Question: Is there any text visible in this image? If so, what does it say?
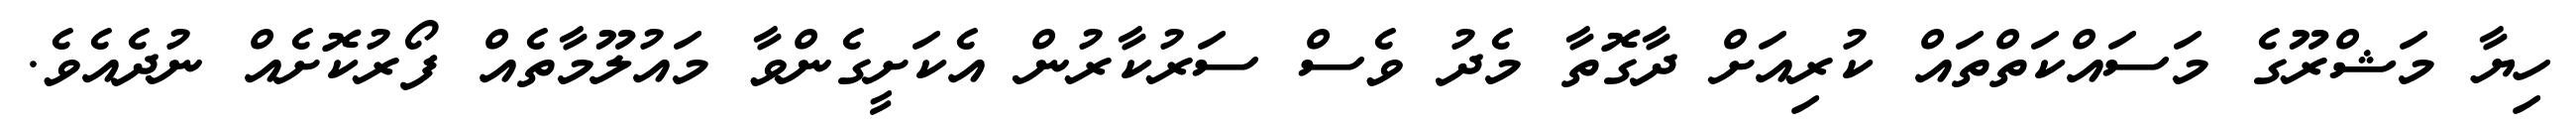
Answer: ހިޔާ މަޝްރޫގެ މަސައްކަތްތައް ކުރިއަށް ދާގޮތާ މެދު ވެސް ސަރުކާރުން އެކަށީގެންވާ މައުލޫމާތެއް ފޯރުކޮށެއް ނުދެއެވެ.